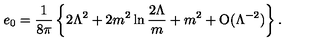
e _ { 0 } = { \frac { 1 } { 8 \pi } } \left\{ 2 \Lambda ^ { 2 } + 2 { m ^ { 2 } } \ln { \frac { 2 \Lambda } { m } } + { m ^ { 2 } } + \mathrm { O } ( \Lambda ^ { - 2 } ) \right\} .